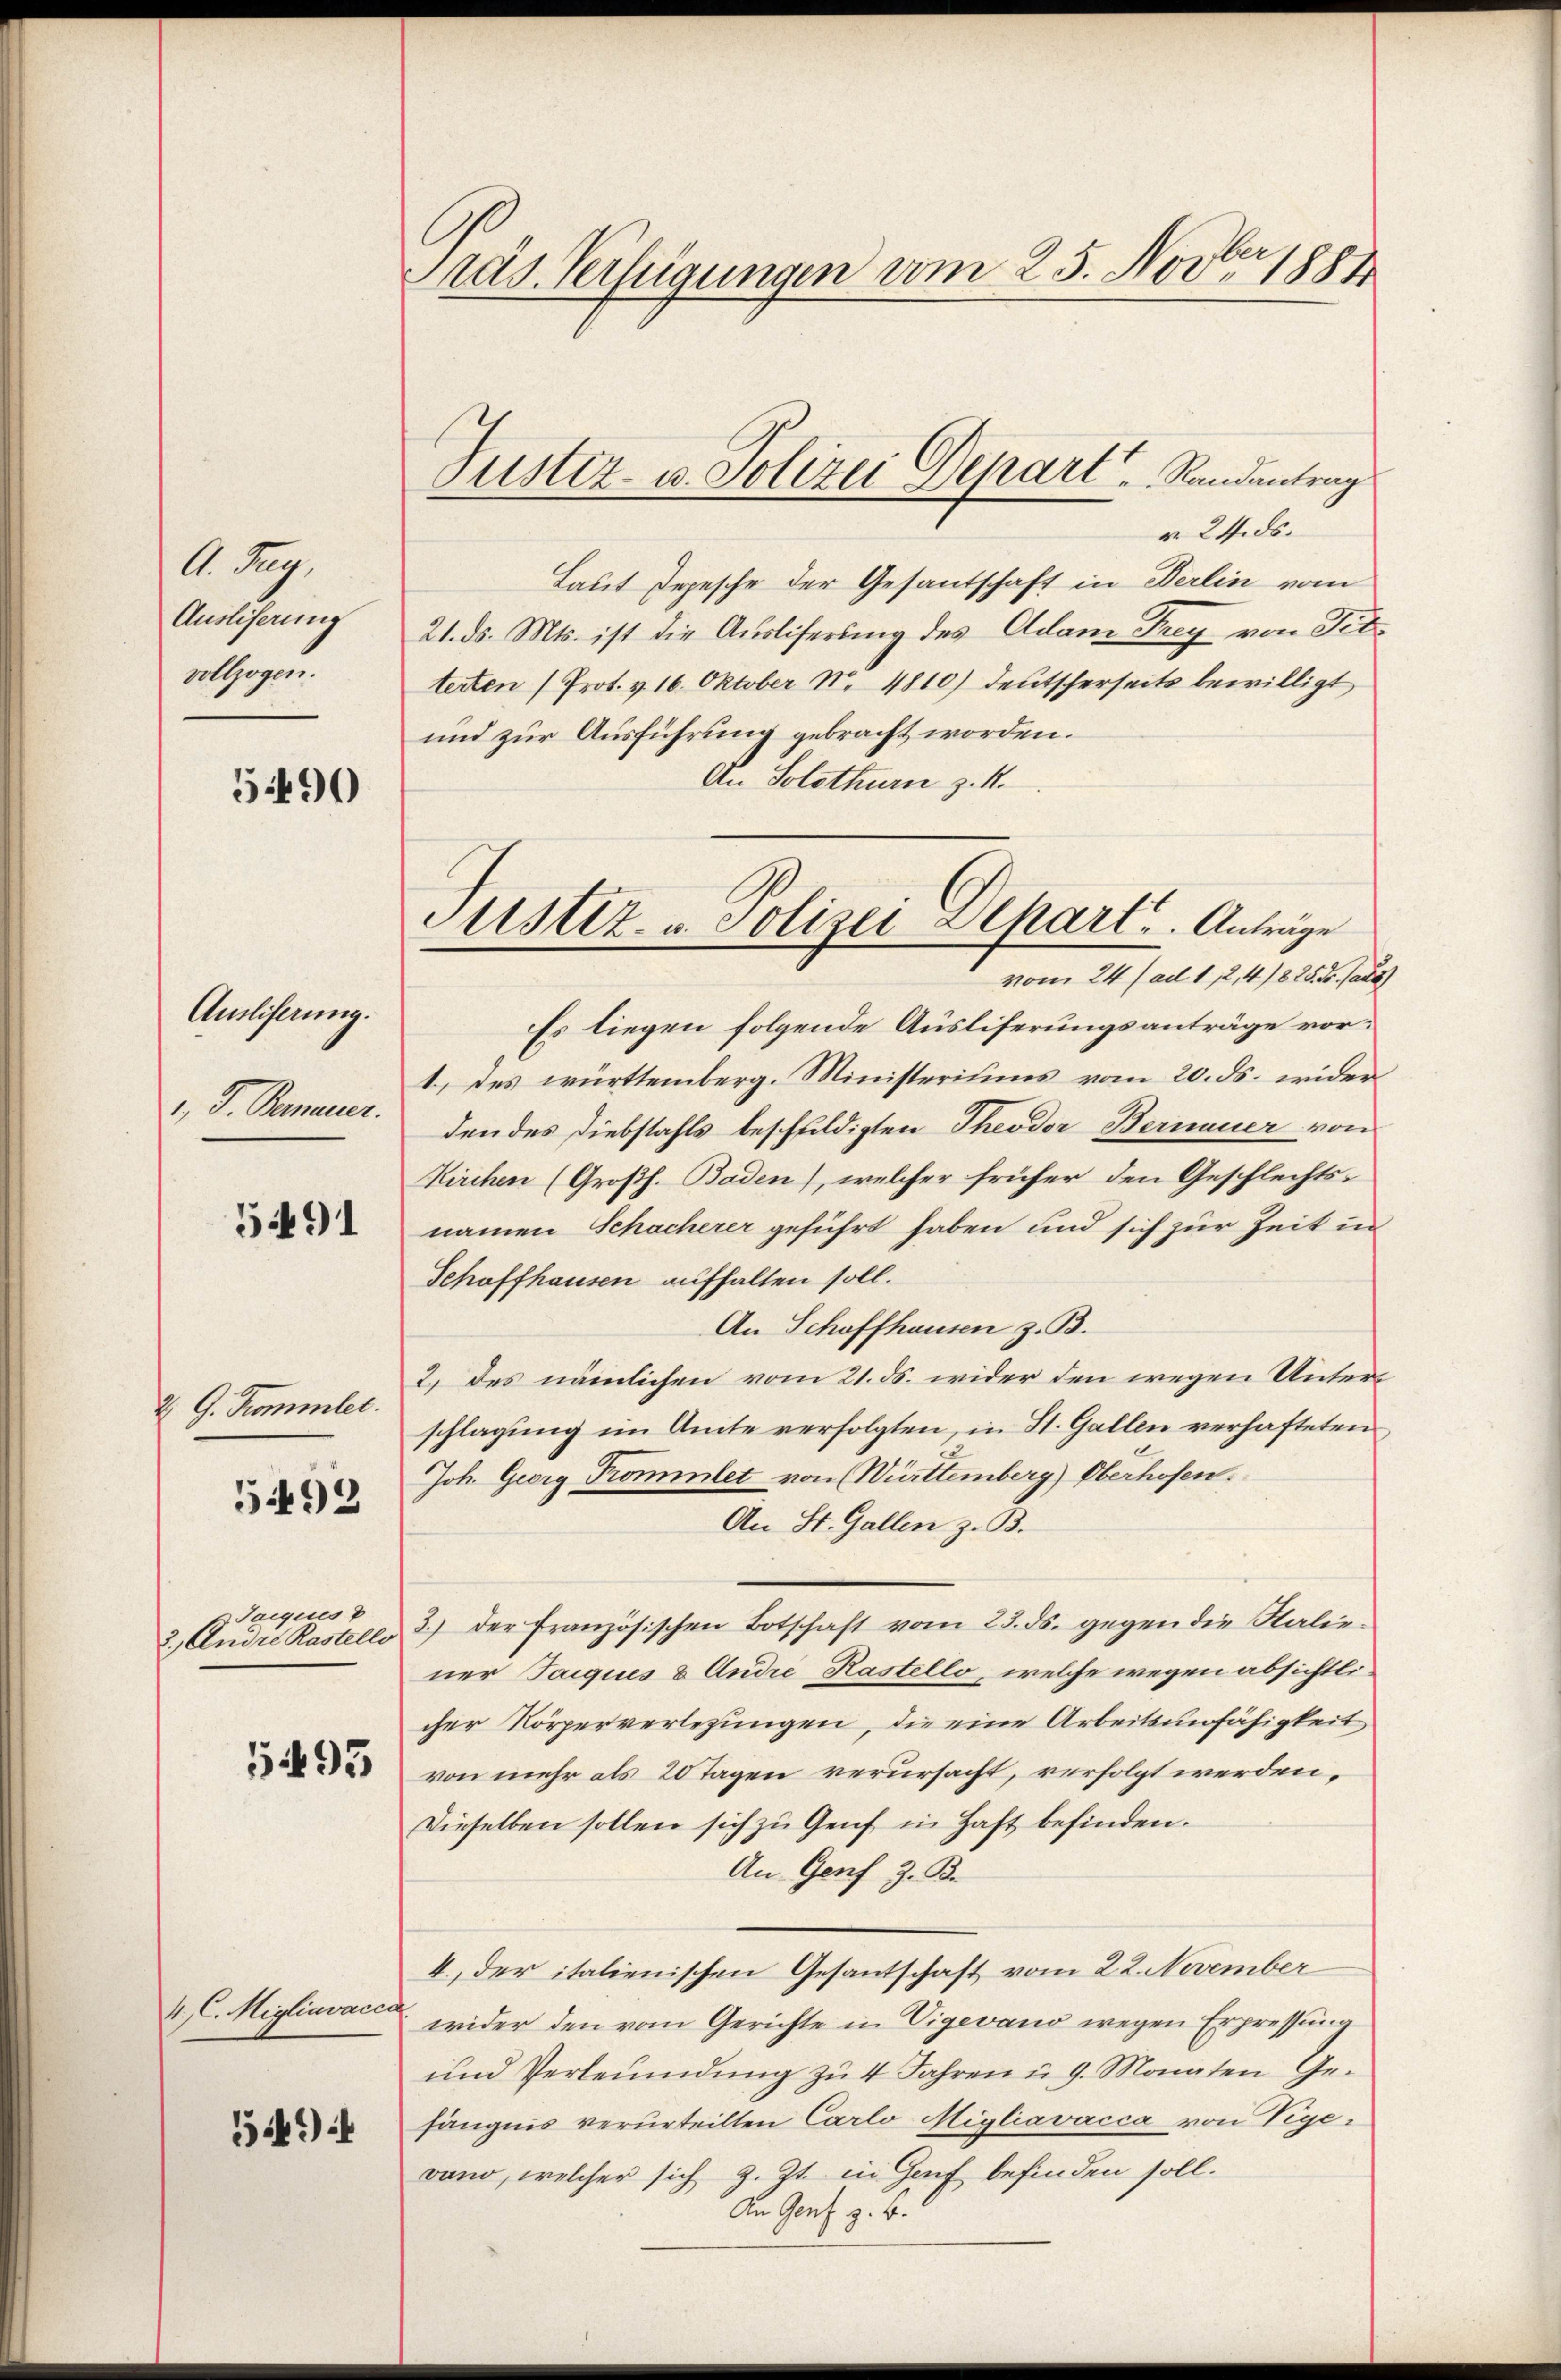
A. Aug.
Auslieferung
vollzogen.

5490

Amliferung.
, I. Semmer.

5491

2 G. Kommler.

5492

Joiques v
2.) André Rastello

5495

4. C. Migliavacc

59):

Präs. Verfügungen vom 25. Nov. 1887

v. 24. ds.
Laut Depesche der Gesantschaft in Berlin vom
21. ds. Mts. ist die Ausliferung des Adam Frey von Titterten (Prot. v. 16. Oktober N. 4810) deutscherseits bewilligt
und zur Ausführung gebracht worden.
An Solothurn z. K.
Es liegen folgende Ausliferungsanträge vor¬
1) des württemberg. Ministeriums vom 20. ds. wider
den des Diebstahls beschuldigten Theodor Berneuer von
Kirchen (Großh. Baden), welcher früher den Geschlechts-
namen Schacherer geführt haben und sich zur Zeit in
Schaffhausen aufhalten soll.
An Schaffhausen z. B.
2.) Des nämlichen vom 21. ds. wider den wegen Unterschlagung im Amte verfolgten, in St. Gallen verhafteten
Joh. Georg Prommlet von Württemberg) Oberhofen.
An St. Gallen z. B.
3.) der Französischen Botschaft vom 23. ds. gegen die Salie-
ner Taiques & Andre Kastello, welche wegen absichtlicher Körperverlegungen, die eine Arbeitsunfähigkeit
von mehr als 20 Tagen verursacht, verfolgt werden.
Dieselben sollen sich zu Genf in Haft befinden.
An Genf z. B.
4., der italienischen Gesantschaft vom 22. November
¬
wider den vom Gerichte in Vigevano wegen Erpressung
und Verleumdung zŭ 4 Jahren u. 9. Monaten Ge-
fängnis verurteilten Carlo Migliavacca von Vigevano, welcher sich z. Zt. in Genf befinden soll.
An Genf z. B.

Justiz- u. Polizei Depart, Randantrag

Sistiz- u. Polizei Depart. Anträge
vom 24 (ad 1, 2,4/825. ds. Cada